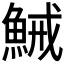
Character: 𱆭